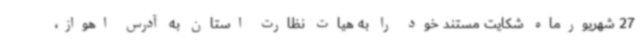
27 شهریورماه شکایت مستند خود را به هیات نظارت استان به آدرس اهواز،